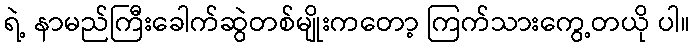
ရဲ့ နာမည်ကြီးခေါက်ဆွဲတစ်မျိုးကတော့ ကြက်သားကွေ့တယို ပါ။